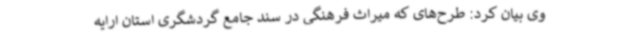
وی بیان کرد: طرح‌های که میراث فرهنگی در سند جامع گردشگری استان ارایه